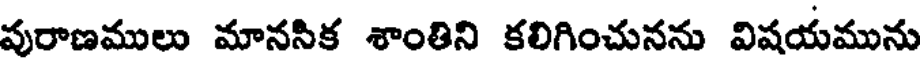
వురాణములు మానసిక శాంతిని కలిగించునను విషయమును